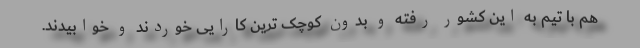
هم با تیم به این کشور رفته و بدون کوچک ترین کارایی خوردند و خوابیدند.